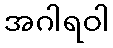
အဂါရဝါ